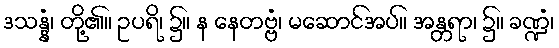
ဒသန္နံ၊ တို့၏။ ဥပရိ၊ ၌။ န နေတဗ္ဗံ၊ မဆောင်အပ်။ အန္တရာ၊ ၌။ ခဏ္ဍံ၊